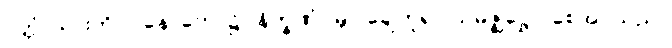
ပုတ္တံ၊ သားကို။ ဝနေ၊ တော၌။ နိက္ခဏံ၊ မြှုပ်ချေဟူ၍။ သမဇ္ဈိဋ္ဌော၊ စေအပ်သည်။